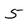
Character: 5